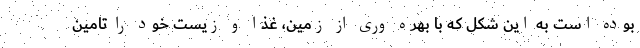
بوده است به این شکل که با بهره وری از زمین، غذا و زیست خود را تامین